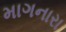
માગનારા